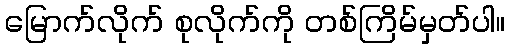
မြောက်လိုက် စုလိုက်ကို တစ်ကြိမ်မှတ်ပါ။